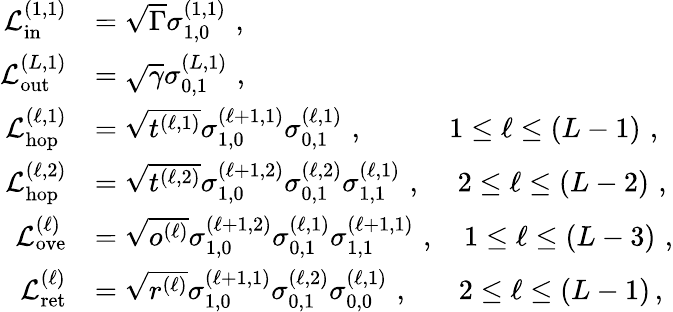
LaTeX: \begin{array}{rl}{\mathcal{L}_{\mathrm{in}}^{(1,1)}}&{=\sqrt{\Gamma}\sigma_{1,0}^{(1,1)}\, \, ,}\\ {\mathcal{L}_{\mathrm{out}}^{(L,1)}}&{=\sqrt{\gamma}\sigma_{0,1}^{(L,1)}\, \, ,}\\ {\mathcal{L}_{\mathrm{hop}}^{(\ell,1)}}&{=\sqrt{t^{(\ell,1)}}\sigma_{1,0}^{(\ell+1,1)}\sigma_{0,1}^{(\ell,1)}\, \, ,\ \ \ \ \ \ \ \ \ \ \ \ 1\le\ell\le\left(L-1\right)\, \, ,}\\ {\mathcal{L}_{\mathrm{hop}}^{(\ell,2)}}&{=\sqrt{t^{(\ell,2)}}\sigma_{1,0}^{(\ell+1,2)}\sigma_{0,1}^{(\ell,2)}\sigma_{1,1}^{(\ell,1)}\, \, ,\ \ \ \ \ 2\le\ell\le\left(L-2\right)\, \, ,}\\ {\mathcal{L}_{\mathrm{ove}}^{(\ell)}}&{=\sqrt{o^{(\ell)}}\sigma_{1,0}^{(\ell+1,2)}\sigma_{0,1}^{(\ell,1)}\sigma_{1,1}^{(\ell+1,1)}\, \, ,\ \ \ \ 1\le\ell\le\left(L-3\right)\, \, ,}\\ {\mathcal{L}_{\mathrm{ret}}^{(\ell)}}&{=\sqrt{r^{(\ell)}}\sigma_{1,0}^{(\ell+1,1)}\sigma_{0,1}^{(\ell,2)}\sigma_{0,0}^{(\ell,1)}\, \, ,\ \ \ \ \ \ \ 2\le\ell\le\left(L-1\right)\, ,}\end{array}